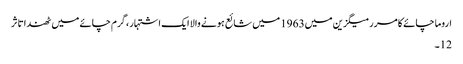
اروما چائے کا مرر میگزین میں1963 میں شائع ہونے والا ایک اشتہار ، گرم چائے میں ٹھندا تاثر
12۔